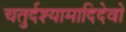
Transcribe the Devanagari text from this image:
चतुर्दश्यामादिदेवो